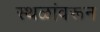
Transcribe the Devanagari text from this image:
स्थळांवरून